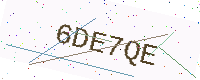
Text: 6DE7QE